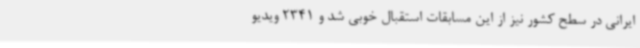
ایرانی در سطح کشور نیز از این مسابقات استقبال خوبی شد و 2341 ویدیو